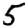
Digit: 5